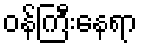
ဝန်ကြီးနေရာ